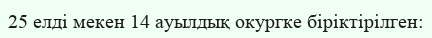
25 елді мекен 14 ауылдық окургке біріктірілген: